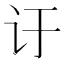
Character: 𬣙